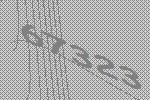
67323